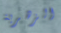
الزهرية